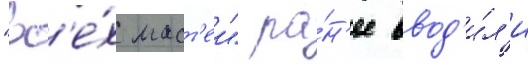
"вс'е́х маст'еи" ра́н'ее ввод'и́л'и